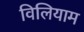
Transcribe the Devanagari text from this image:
विलियाम